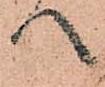
へ